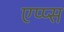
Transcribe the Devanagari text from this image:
एप्प्स